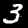
Label: 3